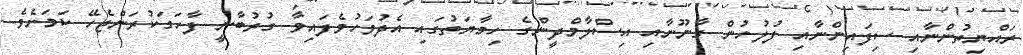
ރައްޔިތުންނާއި ސިފައިންނާއި ފުލުހުން ގާނޫނާއި އިސްލާމްދީންގެ ހިމާޔަތުގައި އެދުވަހުވެފައިވާ ގުރުބާނީ ފާހަގަކުރަންޖެހޭ ކަމަށެވެ.